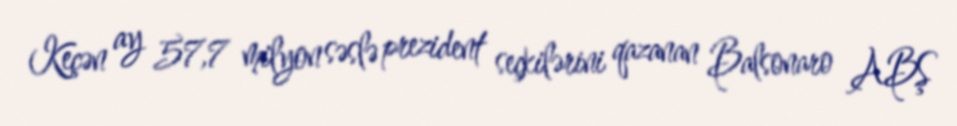
Keçən ay 57,7 milyon səslə prezident seçkilərini qazanan Balsonaro ABŞ